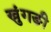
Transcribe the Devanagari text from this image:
ख्रुंगङी